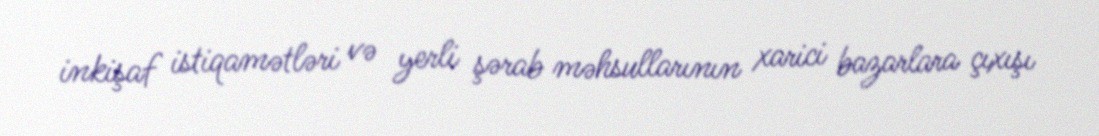
inkişaf istiqamətləri və yerli şərab məhsullarının xarici bazarlara çıxışı